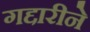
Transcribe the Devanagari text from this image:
गद्दारीने